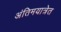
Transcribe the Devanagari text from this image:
अंतिमयात्रेत